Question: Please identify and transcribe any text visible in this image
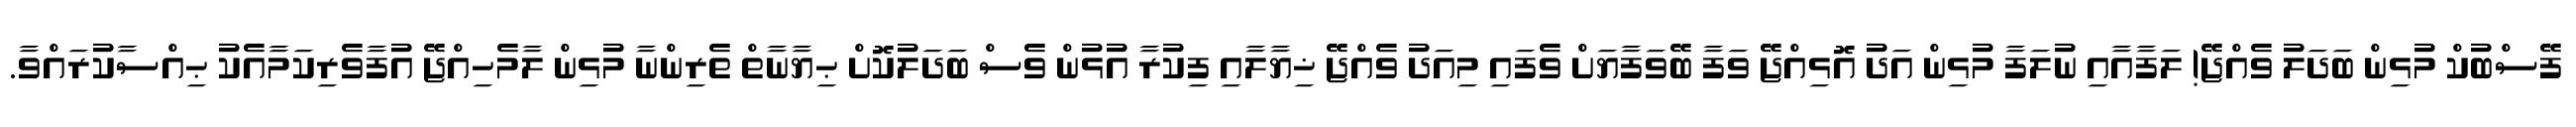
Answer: ފޭސްބުކް މުޅިން ބަދަލު ވެއްޖޭ! ލަފާއާއި ނުލަފާ މުޅިން އަދު އޮޅިއްޖޭ ވަފާ ބޭވަފާޔަށް ވެފައި މިއަދު ވެއްޖޭ ޚިޔާލާއި ފިކުރާ އުޅުން ވެސް ބަދަލުކޮށް ޙިޔާނާތް ތެރިންނާ މުޅިން ލާމެހިއްޖޭ އުފާވެރިކަމާއެކު ޙިއްސާކުރައްވާ.